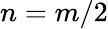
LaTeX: n=m/2